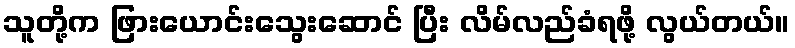
သူတို့က ဖြားယောင်းသွေးဆောင် ပြီး လိမ်လည်ခံရဖို့ လွယ်တယ်။